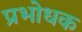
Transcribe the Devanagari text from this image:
प्रभोधक